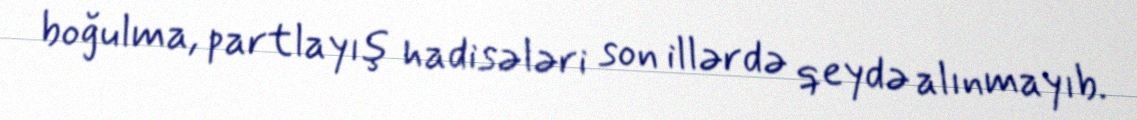
boğulma, partlayış hadisələri son illərdə qeydə alınmayıb.